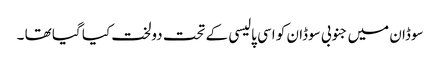
سوڈان میں جنوبی سوڈان کو اسی پالیسی کے تحت دولخت کیا گیا تھا ۔